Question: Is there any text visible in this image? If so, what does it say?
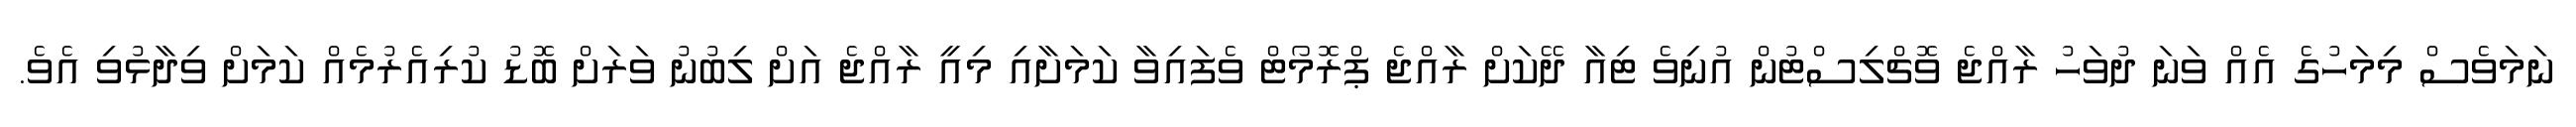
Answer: ނަމަވެސް މިމަހުގެ އެއް ވަނަ ދުވަހު ރާއްޖެ ވޮޗްލިސްޓުން އުނިވެ ޓިއާ ދޭކަށް ރާއްޖެ ޕްރޮމޯޓް ވެފައިވާ ކަމަށާއި މިއީ ރާއްޖެ އަށް ލިބުނު ވަރަށް ބޮޑު ކުރިއެރުމެއް ކަމަށް ވިދާޅުވި އެވެ.